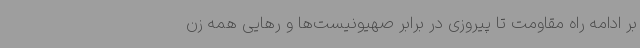
بر ادامه راه مقاومت تا پیروزی در برابر صهیونیست‌ها و رهایی همه زن